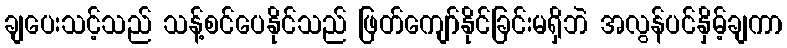
ချပေးသင့်သည် သန့်စင်ပေနိုင်သည် ဖြတ်ကျော်နိုင်ခြင်းမရှိဘဲ အလွန်ပင်နှိမ့်ချကာ